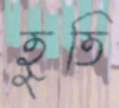
হুতি